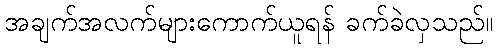
အချက်အလက်များကောက်ယူရန် ခက်ခဲလှသည်။